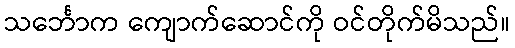
သင်္ဘောက ကျောက်ဆောင်ကို ဝင်တိုက်မိသည်။